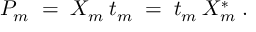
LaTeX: P _ { m } \; = \; X _ { m } \: t _ { m } \; = \; t _ { m } \: X _ { m } ^ { * } \; .